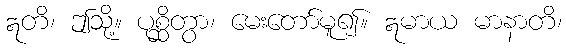
ဣတိ၊ ဤသို့။ ပုစ္ဆိတွာ၊ မေးတော်မူ၍။ ဣမာယ မာနာတိ၊